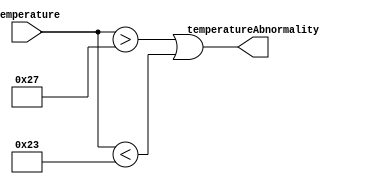
`timescale 1ns / 1ps
`default_nettype none
/*
**********************************************************
** Logic Design Final Project Fall, 2019 Semester
** Amirkabir University of Technology (Tehran Polytechnic)
** Department of Computer Engineering (CEIT-AUT)
** Logic Circuit Design Laboratory
** https://ceit.aut.ac.ir
**********************************************************
** Student ID: 9731078 (Negin HajiSobhani)
** Student ID: 9731096 (Amirhossein Alibakhshi)
**********************************************************
** Module Name: TemperatureAnalyzer
**********************************************************
** Additional Comments:
*/

module TemperatureAnalyzer(
        temperature,
        temperatureAbnormality);
input [7:0] temperature;
output temperatureAbnormality;

  assign temperatureAbnormality = (temperature > 39) || (temperature < 35);

endmodule